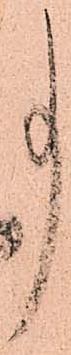
事